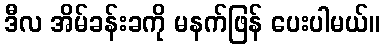
ဒီလ အိမ်ခန်းခကို မနက်ဖြန် ပေးပါမယ်။